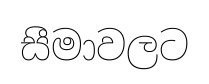
සීමාවලට